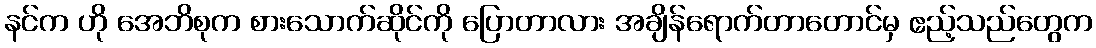
နင်က ဟို အေဘိစုက စားသောက်ဆိုင်ကို ပြောတာလား အချိန်ရောက်တာတောင်မှ ဧည့်သည်တွေက